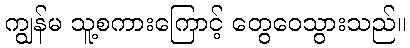
ကျွန်မ သူ့စကားကြောင့် တွေဝေသွားသည်။